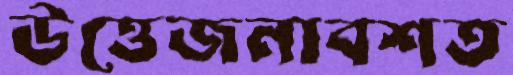
উত্তেজনাবশত